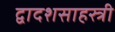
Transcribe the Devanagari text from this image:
द्वादशसाहस्त्री